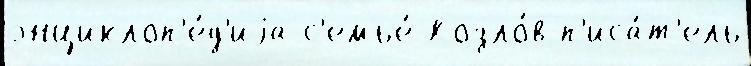
энциклоп'е́д'иjа с'емье́ Козло́в п'иса́т'ель